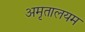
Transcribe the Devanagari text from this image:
अमृतालयम